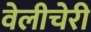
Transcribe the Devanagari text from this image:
वेलीचेरी